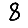
Digit: 8